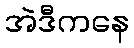
အဲဒီကနေ